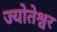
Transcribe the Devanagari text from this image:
ज्योतेश्वर